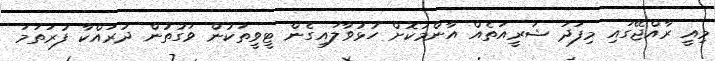
މިއީ ރާއްޖޭގައި މިފަދަ ޝަރީއަތެއް އާންމުކޮށް ހުޅުވާލައިގެން ޓީވީތަކުން ވަގުތުން ދުރައްކާ ފުރަތަމަ